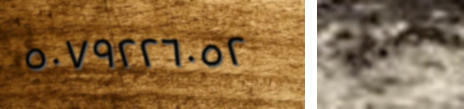
٥٠٧٩٢٢٦٠٥٢ وسعك